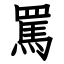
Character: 罵